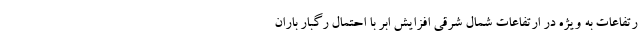
رتفاعات به ویژه در ارتفاعات شمال شرقی افزایش ابر با احتمال رگبار باران